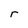
Character: r